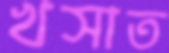
খসাত